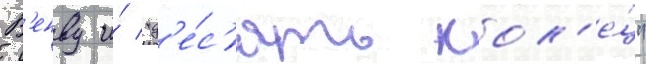
В'енву и́ "д'е́с'ять кол'е́ц"